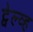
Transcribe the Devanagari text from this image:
ट्वेल्व्ह